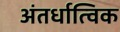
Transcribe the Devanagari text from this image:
अंतर्धात्विक